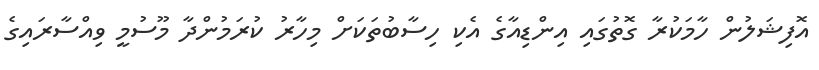
އޮފިޝަލުން ހާމަކުރާ ގޮތުގައި އިންޑިއާގެ އެކި ހިސާބުތަކަށް މިހާރު ކުރަމުންދާ މޫސުމީ ވިއްސާރައިގެ